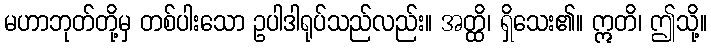
မဟာဘုတ်တို့မှ တစ်ပါးသော ဥပါဒါရုပ်သည်လည်း။ အတ္ထိ၊ ရှိသေး၏။ ဣတိ၊ ဤသို့။